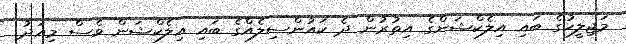
މަޖިލީހުގެ ބައި އިލެކްޝަންގެ އިތުރުން ދެ ކައުންސިލެއްގެ ބައި އިލެކްޝަން ވެސް މިއަދު